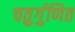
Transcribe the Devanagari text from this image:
चतुर्गुणित